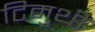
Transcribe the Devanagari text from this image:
टिमुथी